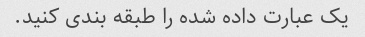
یک عبارت داده شده را طبقه بندی کنید.